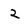
Character: 2